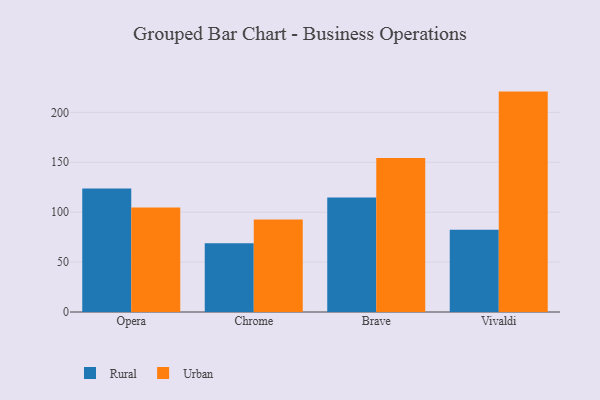
{"axis": {"x": "Browser", "y": "Demand Index"}, "legend": ["Rural", "Urban"], "data": [{"x": "Opera", "y": 123.7, "type": "Rural"}, {"x": "Opera", "y": 104.8, "type": "Urban"}, {"x": "Chrome", "y": 68.9, "type": "Rural"}, {"x": "Chrome", "y": 92.6, "type": "Urban"}, {"x": "Brave", "y": 114.8, "type": "Rural"}, {"x": "Brave", "y": 154.2, "type": "Urban"}, {"x": "Vivaldi", "y": 82.4, "type": "Rural"}, {"x": "Vivaldi", "y": 220.8, "type": "Urban"}]}